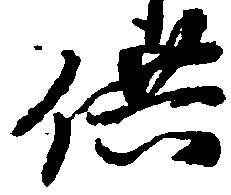
供